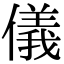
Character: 儀